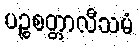
ပဉ္စစတ္တာလီသမံ